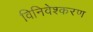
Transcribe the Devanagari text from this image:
विनिवेश्करण